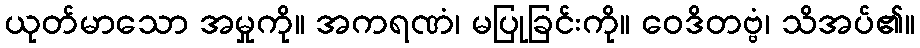
ယုတ်မာသော အမှုကို။ အကရဏံ၊ မပြုခြင်းကို။ ဝေဒိတဗ္ဗံ၊ သိအပ်၏။